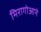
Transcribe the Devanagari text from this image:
मिरागोआने